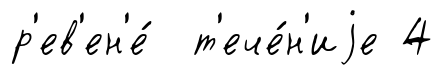
р'ев'ен'е́ т'ече́н'иjе 4